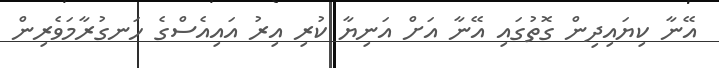
އޭނާ ކިޔައިދިން ގޮތުގައި އޭނާ އަށް އަނިޔާ ކުރި އިރު އައިއެސްގެ ހަނގުރާމަވެރިން